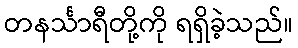
တနင်္သာရီတို့ကို ရရှိခဲ့သည်။